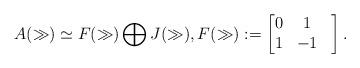
LaTeX: \begin{align*}A(\gg)\simeq F(\gg)\bigoplus J(\gg),F(\gg):=\begin{bmatrix}0 & 1 \\1 & -1 &\end{bmatrix}.\end{align*}